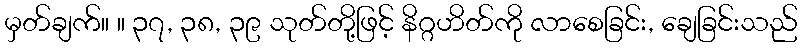
မှတ်ချက်။ ။ ၃၇, ၃၈, ၃၉ သုတ်တို့ဖြင့် နိဂ္ဂဟိတ်ကို လာစေခြင်း, ချေခြင်းသည်